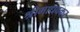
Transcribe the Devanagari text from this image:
श्रीमाधवकर